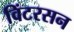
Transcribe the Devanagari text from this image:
विंटरसन